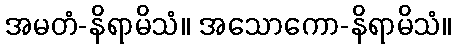
အမတံ-နိရာမိသံ။ အသောကော-နိရာမိသံ။